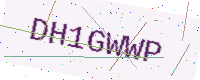
Text: DH1GWWP